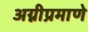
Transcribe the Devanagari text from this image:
अग्नीप्रमाणे